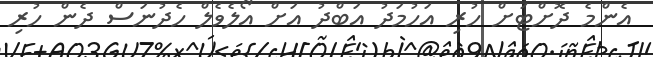
އެންމެ ދޮށްޓަށް ހުރި އަހުމަދު އަބްދު އަށް އޯލެވެލް ހެދުނަސް ދެން ހުރި